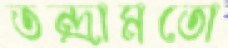
তন্দ্রামতো